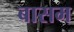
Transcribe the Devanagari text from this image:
बासम